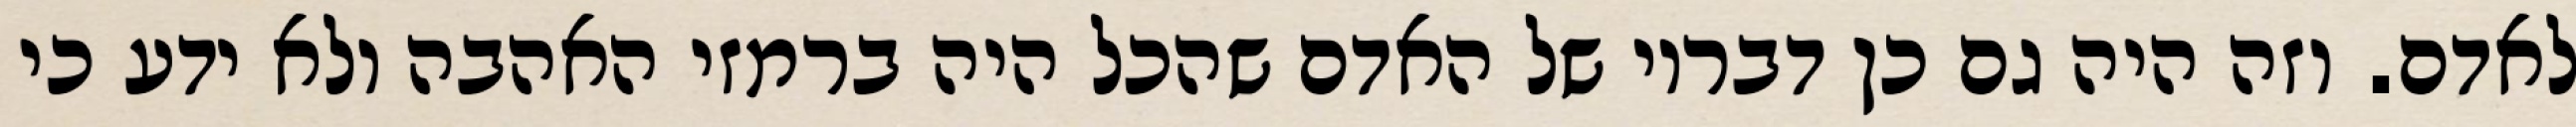
לאדם. וזה היה גם כן דבריו של האדם שהכל היה ברמזי האהבה ולא ידע כי